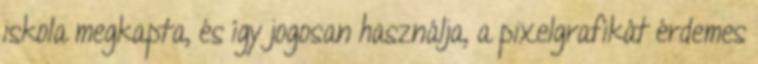
iskola megkapta, és így jogosan használja, a pixelgrafikát érdemes